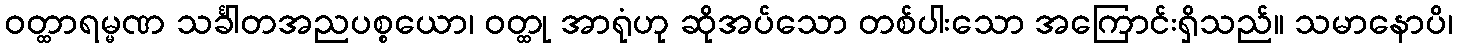
ဝတ္ထာရမ္မဏ သင်္ခါတအညပစ္စယော၊ ဝတ္ထု အာရုံဟု ဆိုအပ်သော တစ်ပါးသော အကြောင်းရှိသည်။ သမာနောပိ၊